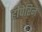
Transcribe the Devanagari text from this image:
हीपेरिन